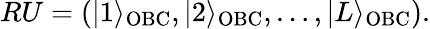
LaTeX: \begin{array}{r}{RU=\left(|1\rangle_{\mathrm{OBC}},|2\rangle_{\mathrm{OBC}},\dots,|L\rangle_{\mathrm{OBC}}\right).}\end{array}